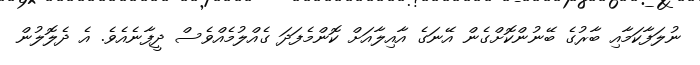
ނުލަފާކަމާއި ބާރުގެ ބޭނުންކޮށްގެން އޭނަގެ އާއިލާއަށް ކޮންމެފަދަ ގެއްލުމެއްވެސް ދީފާނެއެވެ. އެ ދެލޮލުން